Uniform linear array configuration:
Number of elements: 32
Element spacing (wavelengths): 0.25
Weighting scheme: kaiser
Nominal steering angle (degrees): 15
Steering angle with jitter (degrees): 16.522
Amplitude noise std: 0.05
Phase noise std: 0.05

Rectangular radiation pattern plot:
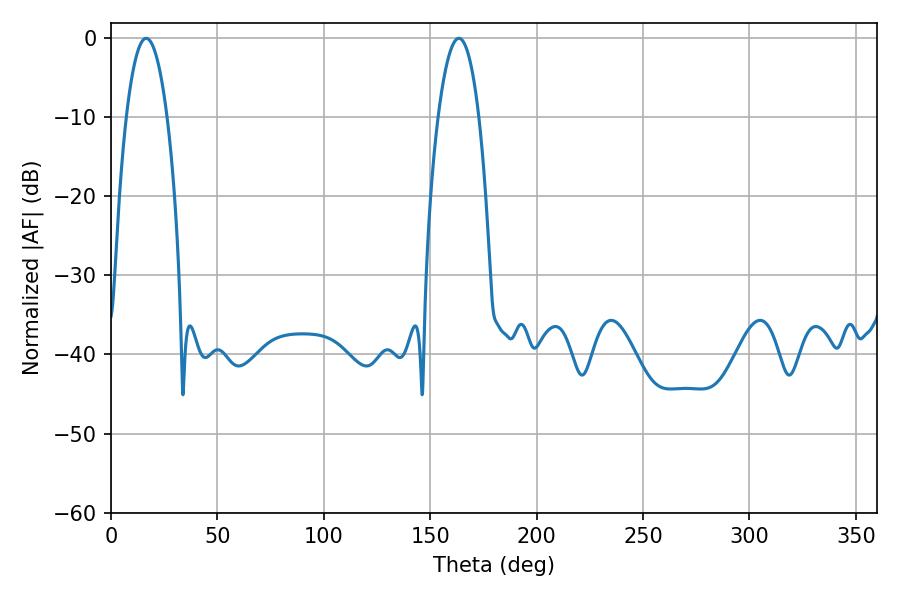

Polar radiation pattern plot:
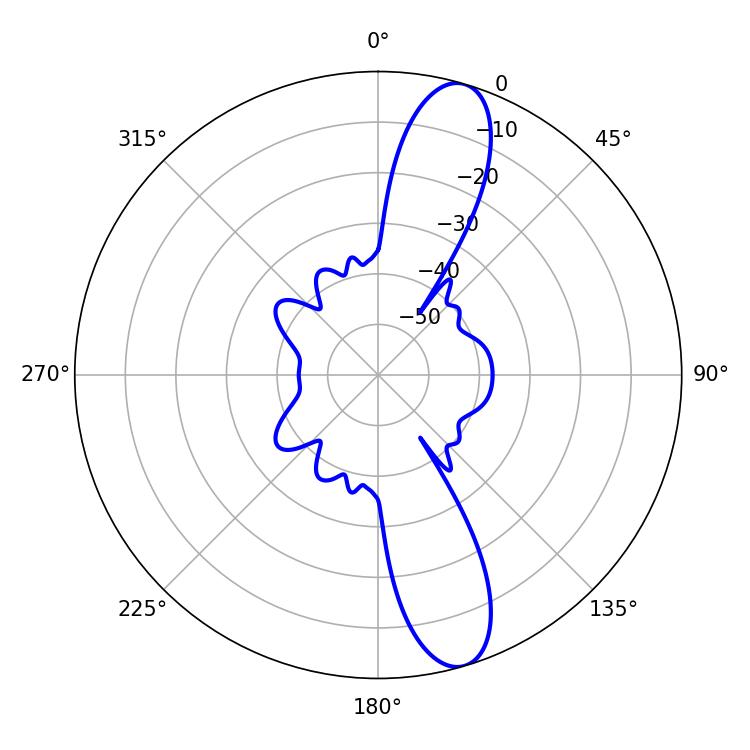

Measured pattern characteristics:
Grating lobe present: FALSE
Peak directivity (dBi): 12.469
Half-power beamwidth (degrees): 10.62
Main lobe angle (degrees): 16.56